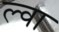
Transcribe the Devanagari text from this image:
ल्वा